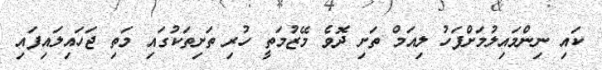
ކައި ނިންމައިލުމަށްފަހު ލިއަމް ތަށި ދޮވެ މޭޒުމަތީ ހުރި ތަށިތަކުގައި މަތި ޖަހައިލައިފައި